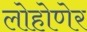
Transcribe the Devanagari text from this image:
लोहोणेर